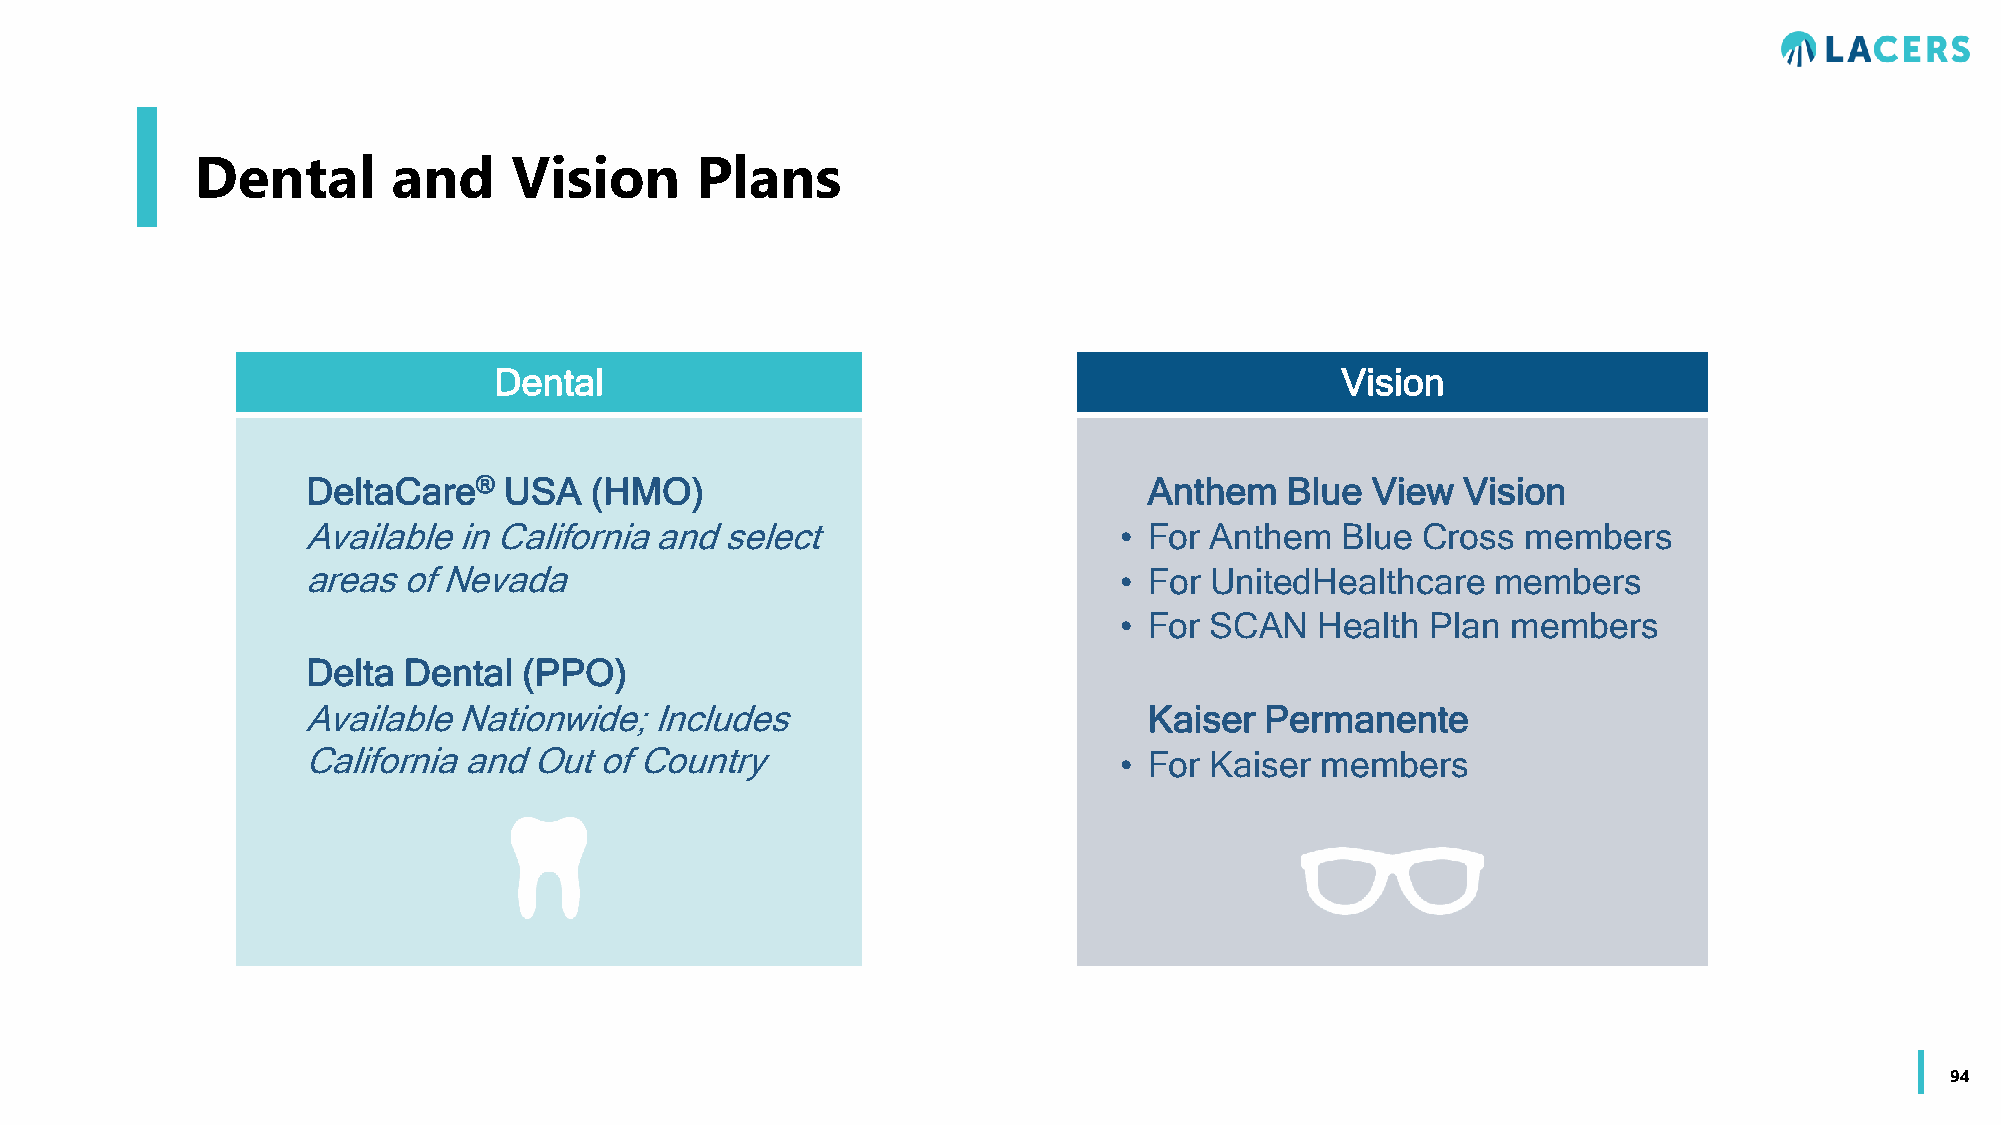
Dental       and     Vision      Plans
 Dental                                                  Vision
 DeltaCare®   USA   (HMO)                                Anthem   Blue  View  Vision
 Available in California and select                    • For Anthem   Blue Cross  members
 areas  of Nevada                                      • For UnitedHealthcare   members
 • For SCAN   Health  Plan members
 Delta  Dental  (PPO)
 Available Nationwide;  Includes                         Kaiser  Permanente
 California and Out  of Country                        • For Kaiser members
 94